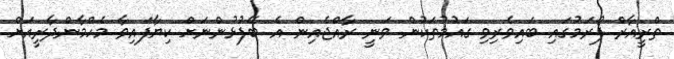
ތްރީއާރް ފޯރަމުގައި ބައިވެރިވި ގައުމުތަކުން ވަނީ ރާއްޖެއިން އެ ބޭފުޅުންނަށް ކިޔާފައިވާ މެހްމާންދާރީއަށް